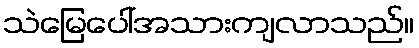
သဲမြေပေါ်အသားကျလာသည်။